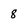
Character: 8